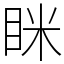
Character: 眯